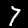
Digit: 7